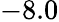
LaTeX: -8.0